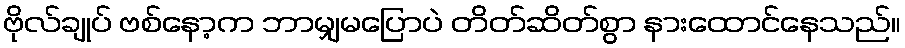
ဗိုလ်ချုပ် ဗစ်နော့က ဘာမျှမပြောပဲ တိတ်ဆိတ်စွာ နားထောင်နေသည်။